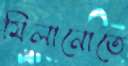
মিলানোতে